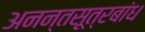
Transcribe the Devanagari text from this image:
अनन्तसूत्रबांध